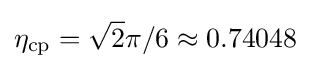
\eta _{\mathrm {cp} }={\sqrt {2}}\pi /6\approx 0.74048